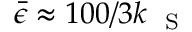
\bar { \epsilon } \approx 1 0 0 / 3 k _ { \mathrm { ~ \scriptsize ~ S ~ } }